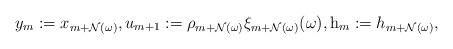
LaTeX: \begin{align*}y_m:=x_{m+\mathcal N(\omega)}, u_{m+1}:=\rho_{m+\mathcal N(\omega)}\xi_{m+\mathcal N(\omega)} (\omega), {\rm h}_m:= h_{m+\mathcal N(\omega)},\end{align*}